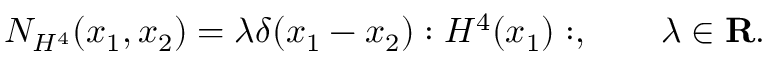
N _ { H ^ { 4 } } ( x _ { 1 } , x _ { 2 } ) = \lambda \delta ( x _ { 1 } - x _ { 2 } ) : H ^ { 4 } ( x _ { 1 } ) : , \quad \quad \lambda \in \mathbf { R } .